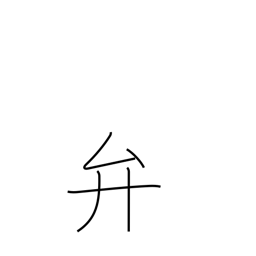
Meaning: dispose of